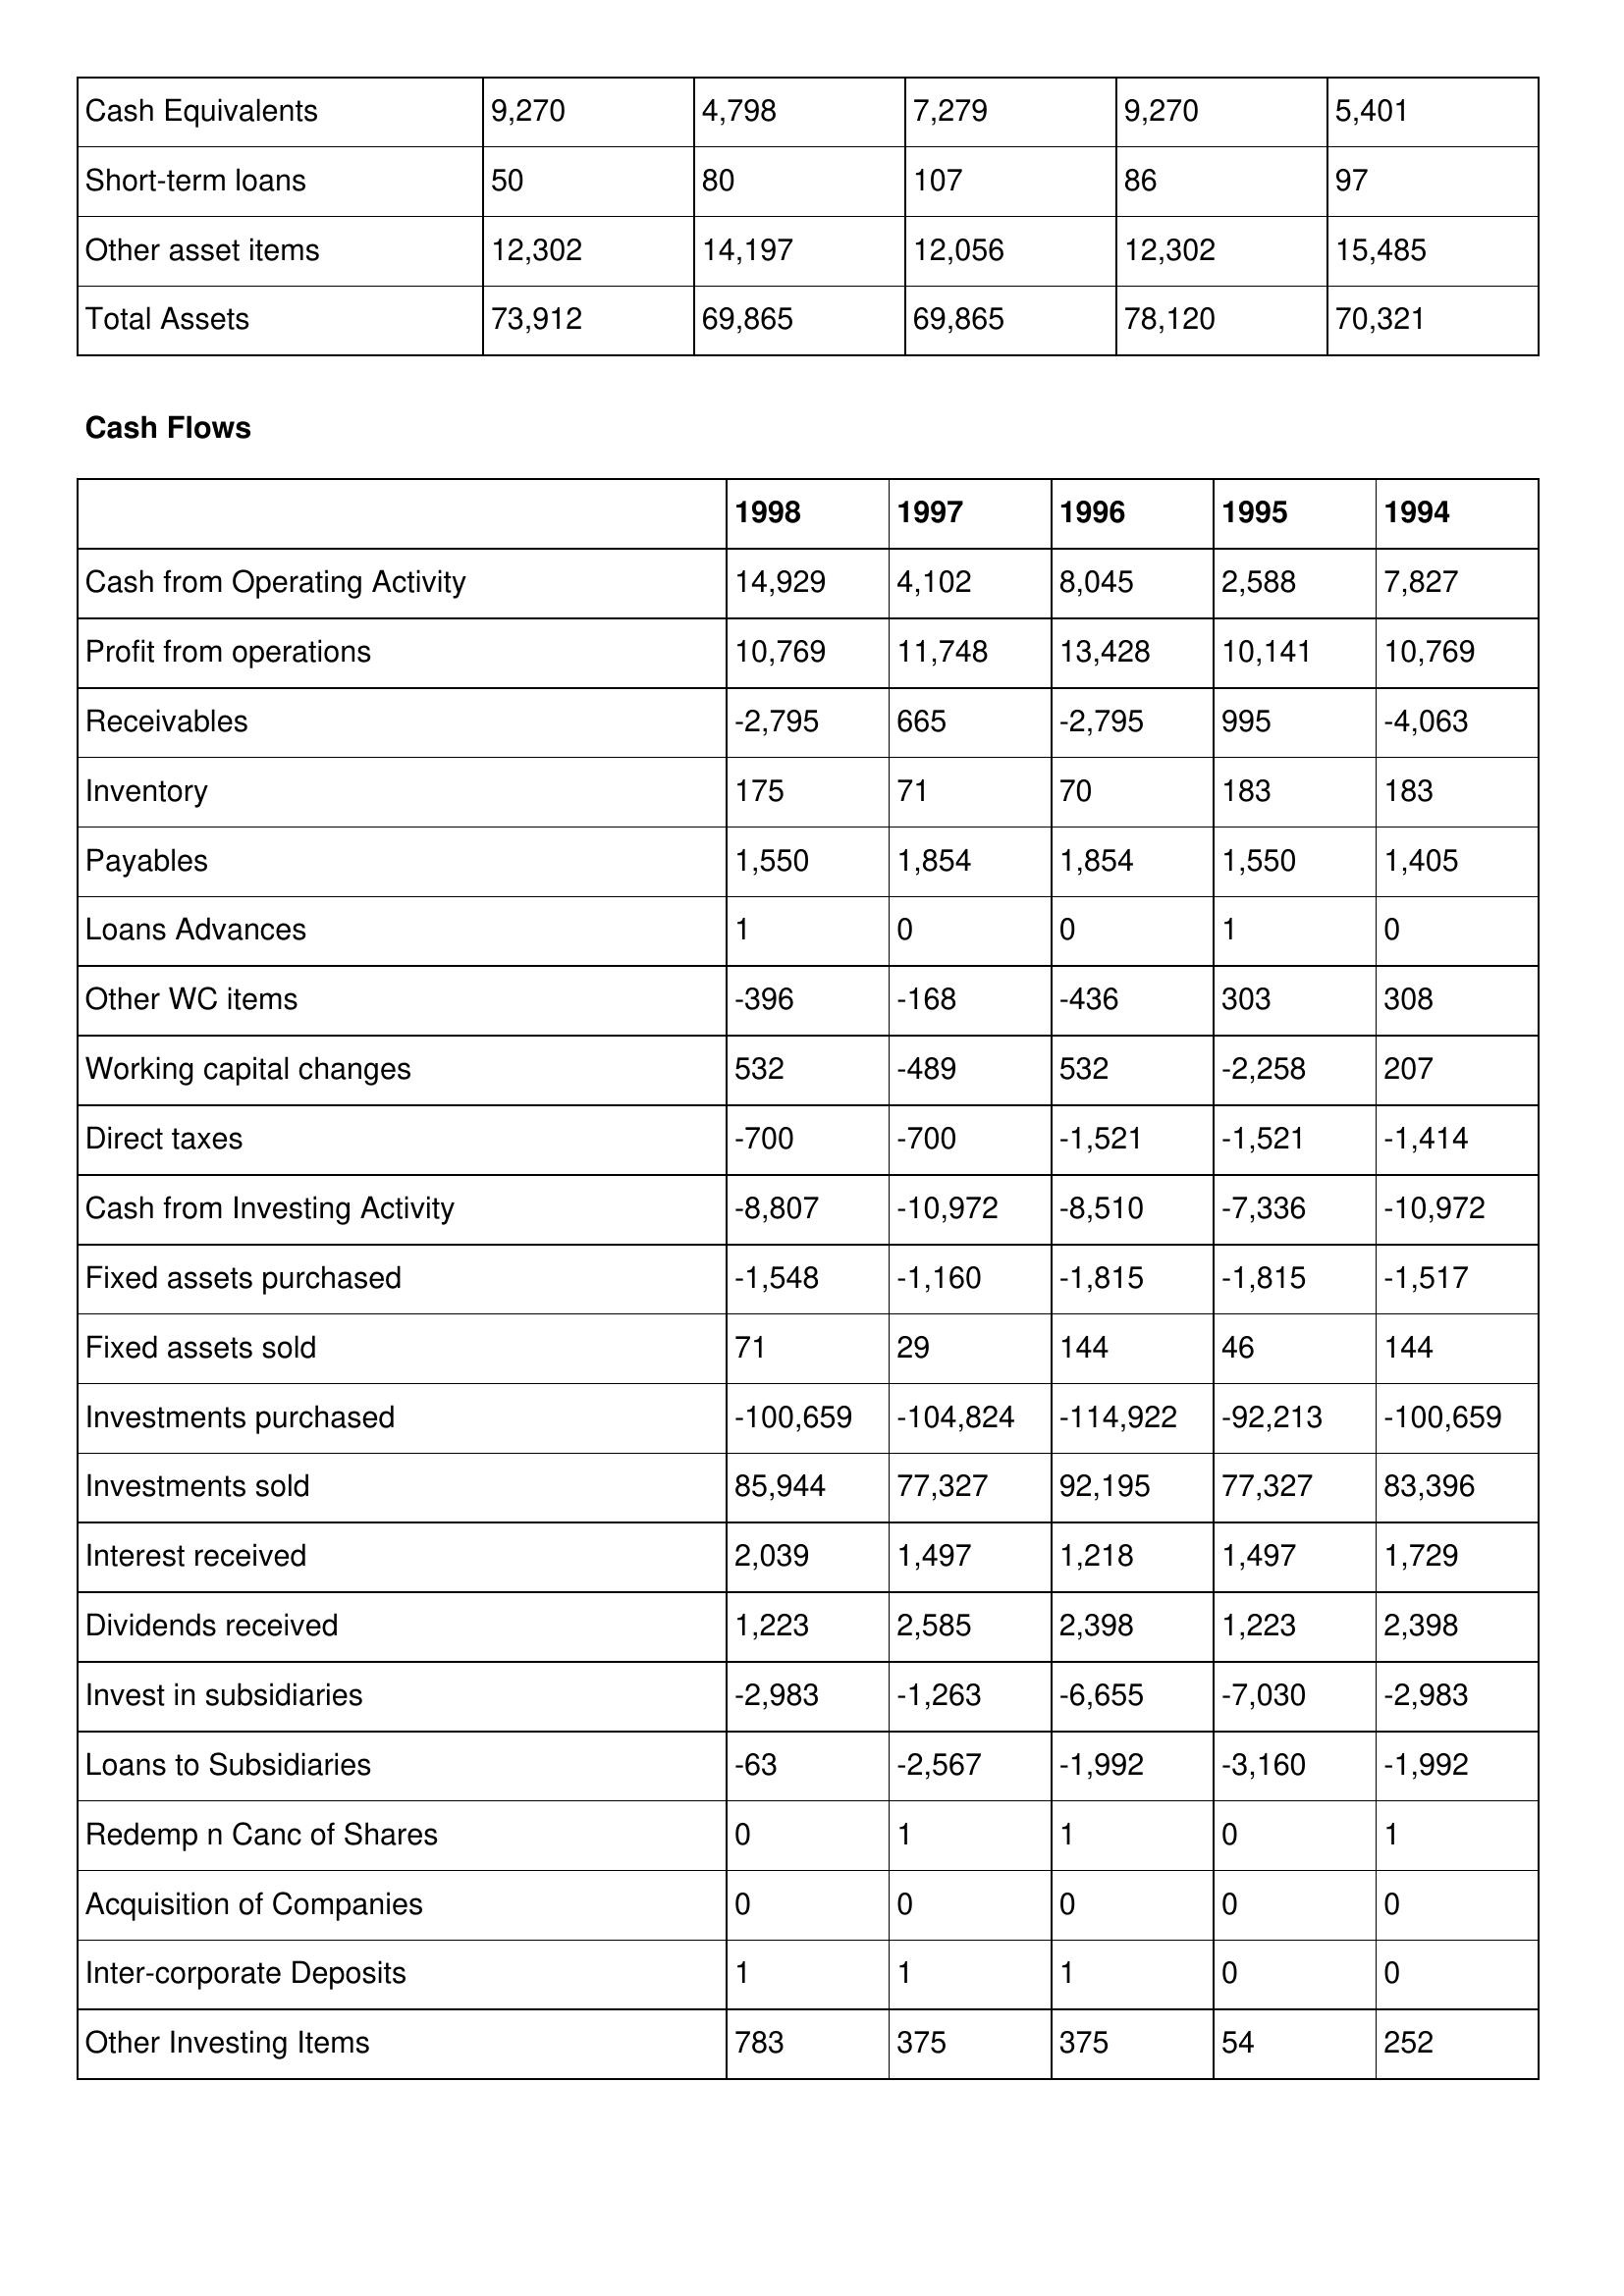
gt_parse: 1998: Balance Sheet: Cash Equivalents: 9,270
Short-term loans: 50
Other asset items: 12,302
Total Assets: 73,912
Cash Flows: Cash from Operating Activity: 14,929
Profit from operations: 10,769
Receivables: -2,795
Inventory: 175
Payables: 1,550
Loans Advances: 1
Other WC items: -396
Working capital changes: 532
Direct taxes: -700
Cash from Investing Activity: -8,807
Fixed assets purchased: -1,548
Fixed assets sold: 71
Investments purchased: -100,659
Investments sold: 85,944
Interest received: 2,039
Dividends received: 1,223
Invest in subsidiaries: -2,983
Loans to Subsidiaries: -63
Redemp n Canc of Shares: 0
Acquisition of Companies: 0
Inter-corporate Deposits: 1
Other Investing Items: 783
1997: Balance Sheet: Cash Equivalents: 4,798
Short-term loans: 80
Other asset items: 14,197
Total Assets: 69,865
Cash Flows: Cash from Operating Activity: 4,102
Profit from operations: 11,748
Receivables: 665
Inventory: 71
Payables: 1,854
Loans Advances: 0
Other WC items: -168
Working capital changes: -489
Direct taxes: -700
Cash from Investing Activity: -10,972
Fixed assets purchased: -1,160
Fixed assets sold: 29
Investments purchased: -104,824
Investments sold: 77,327
Interest received: 1,497
Dividends received: 2,585
Invest in subsidiaries: -1,263
Loans to Subsidiaries: -2,567
Redemp n Canc of Shares: 1
Acquisition of Companies: 0
Inter-corporate Deposits: 1
Other Investing Items: 375
1996: Balance Sheet: Cash Equivalents: 7,279
Short-term loans: 107
Other asset items: 12,056
Total Assets: 69,865
Cash Flows: Cash from Operating Activity: 8,045
Profit from operations: 13,428
Receivables: -2,795
Inventory: 70
Payables: 1,854
Loans Advances: 0
Other WC items: -436
Working capital changes: 532
Direct taxes: -1,521
Cash from Investing Activity: -8,510
Fixed assets purchased: -1,815
Fixed assets sold: 144
Investments purchased: -114,922
Investments sold: 92,195
Interest received: 1,218
Dividends received: 2,398
Invest in subsidiaries: -6,655
Loans to Subsidiaries: -1,992
Redemp n Canc of Shares: 1
Acquisition of Companies: 0
Inter-corporate Deposits: 1
Other Investing Items: 375
1995: Balance Sheet: Cash Equivalents: 9,270
Short-term loans: 86
Other asset items: 12,302
Total Assets: 78,120
Cash Flows: Cash from Operating Activity: 2,588
Profit from operations: 10,141
Receivables: 995
Inventory: 183
Payables: 1,550
Loans Advances: 1
Other WC items: 303
Working capital changes: -2,258
Direct taxes: -1,521
Cash from Investing Activity: -7,336
Fixed assets purchased: -1,815
Fixed assets sold: 46
Investments purchased: -92,213
Investments sold: 77,327
Interest received: 1,497
Dividends received: 1,223
Invest in subsidiaries: -7,030
Loans to Subsidiaries: -3,160
Redemp n Canc of Shares: 0
Acquisition of Companies: 0
Inter-corporate Deposits: 0
Other Investing Items: 54
1994: Balance Sheet: Cash Equivalents: 5,401
Short-term loans: 97
Other asset items: 15,485
Total Assets: 70,321
Cash Flows: Cash from Operating Activity: 7,827
Profit from operations: 10,769
Receivables: -4,063
Inventory: 183
Payables: 1,405
Loans Advances: 0
Other WC items: 308
Working capital changes: 207
Direct taxes: -1,414
Cash from Investing Activity: -10,972
Fixed assets purchased: -1,517
Fixed assets sold: 144
Investments purchased: -100,659
Investments sold: 83,396
Interest received: 1,729
Dividends received: 2,398
Invest in subsidiaries: -2,983
Loans to Subsidiaries: -1,992
Redemp n Canc of Shares: 1
Acquisition of Companies: 0
Inter-corporate Deposits: 0
Other Investing Items: 252